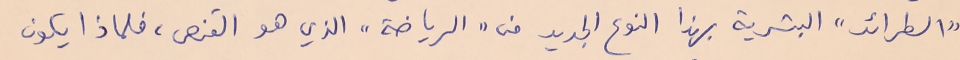
"الطرائد" البشرية بهذا النوع الجديد من "الرياضة" الذي هو القنص، فلماذا يكون